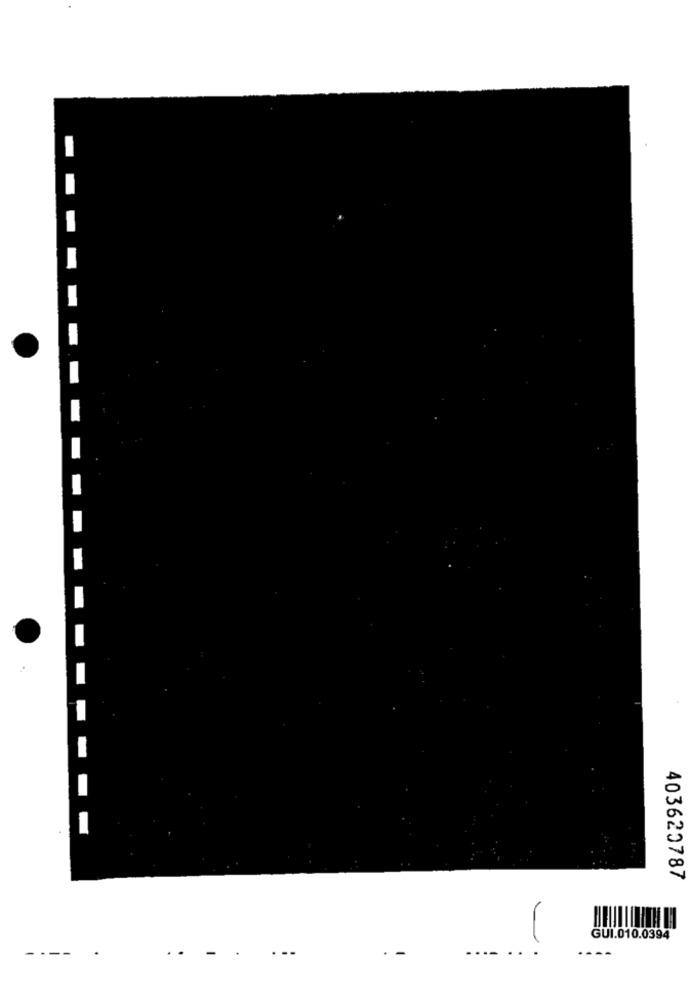
403620787
-
GUI.010.0394
--
-
- --
.... ..
----
-